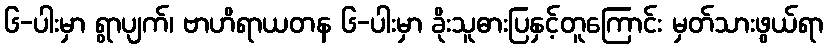
၆-ပါးမှာ ရွာပျက်၊ ဗာဟိရာယတန ၆-ပါးမှာ ခိုးသူဓားပြနှင့်တူကြောင်း မှတ်သားဖွယ်ရာ